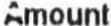
AMOUNT